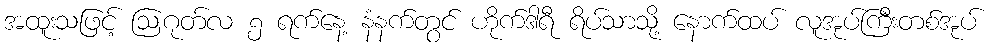
အထူးသဖြင့် ဩဂုတ်လ ၅ ရက်နေ့ နံနက်တွင် ဟိုက်ဒါရီ ရိပ်သာသို့ နောက်ထပ် လူအုပ်ကြီးတစ်အုပ်